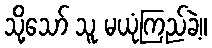
သို့သော် သူ မယုံကြည်ခဲ့။